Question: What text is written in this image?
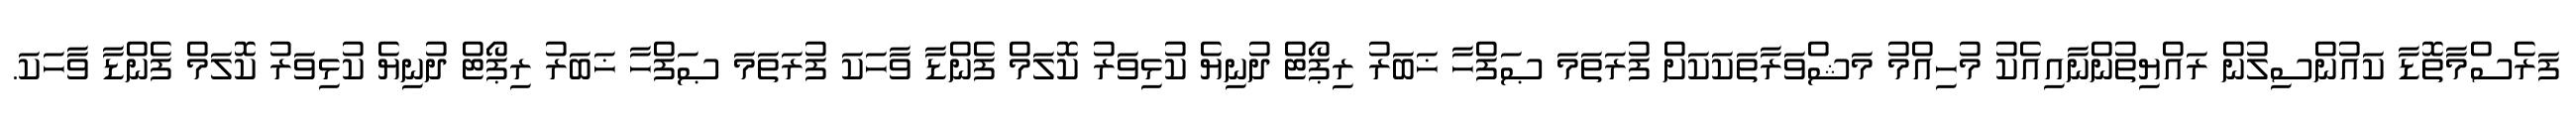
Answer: ފަރެސްމާތޮޑާ ކައުންސިލުން ރައްޔިތުންނާއިއެކު މުހިއްމު މަޝްވަރާތަކަކަށް ފުރަތަމަ ޞަފްހާ ޚަބަރު ރިޕޯޓް ދުނިޔެ ކުޅިވަރު ކޮލަމް ފެންޑާ ވާހަކަ ފުރަތަމަ ޞަފްހާ ޚަބަރު ރިޕޯޓް ދުނިޔެ ކުޅިވަރު ކޮލަމް ފެންޑާ ވާހަކަ.